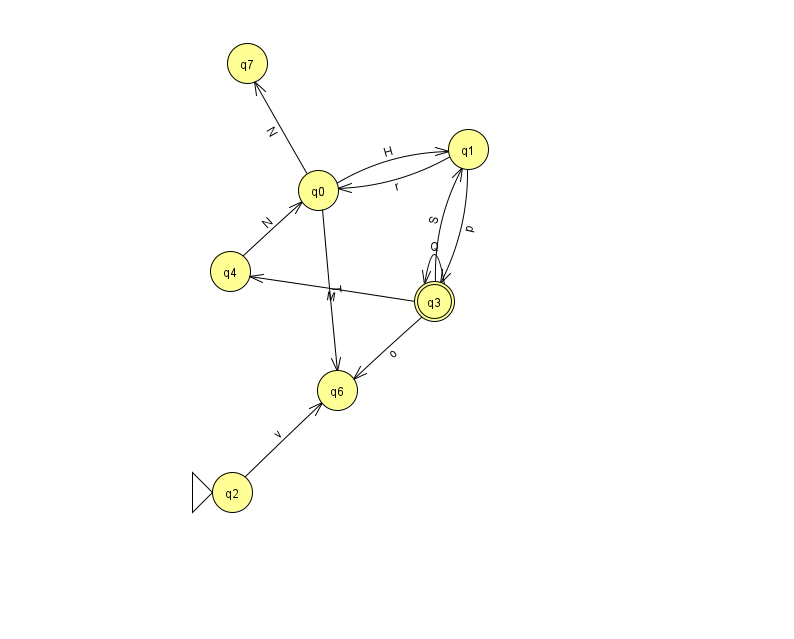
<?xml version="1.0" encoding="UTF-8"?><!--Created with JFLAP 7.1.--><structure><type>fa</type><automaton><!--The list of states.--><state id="0" name="q0"><x>318.0</x><y>177.0</y></state><state id="1" name="q1"><x>468.0</x><y>136.0</y></state><state id="2" name="q2"><x>232.0</x><y>479.0</y><initial/></state><state id="3" name="q3"><x>434.0</x><y>288.0</y><final/></state><state id="4" name="q4"><x>230.0</x><y>258.0</y></state><state id="6" name="q6"><x>337.0</x><y>377.0</y></state><state id="7" name="q7"><x>247.0</x><y>50.0</y></state><!--The list of transitions.--><transition><from>0</from><to>7</to><read>N</read></transition><transition><from>1</from><to>3</to><read>p</read></transition><transition><from>0</from><to>6</to><read>T</read></transition><transition><from>3</from><to>3</to><read>Q</read></transition><transition><from>3</from><to>1</to><read>S</read></transition><transition><from>0</from><to>1</to><read>H</read></transition><transition><from>4</from><to>0</to><read>N</read></transition><transition><from>3</from><to>6</to><read>o</read></transition><transition><from>2</from><to>6</to><read>v</read></transition><transition><from>3</from><to>4</to><read>M</read></transition><transition><from>1</from><to>0</to><read>r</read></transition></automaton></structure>